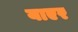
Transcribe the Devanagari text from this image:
याएर